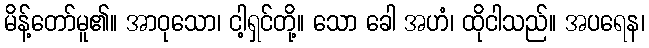
မိန့်တော်မူ၏။ အာဝုသော၊ ငါ့ရှင်တို့။ သော ခေါ အဟံ၊ ထိုငါသည်။ အပရေန၊